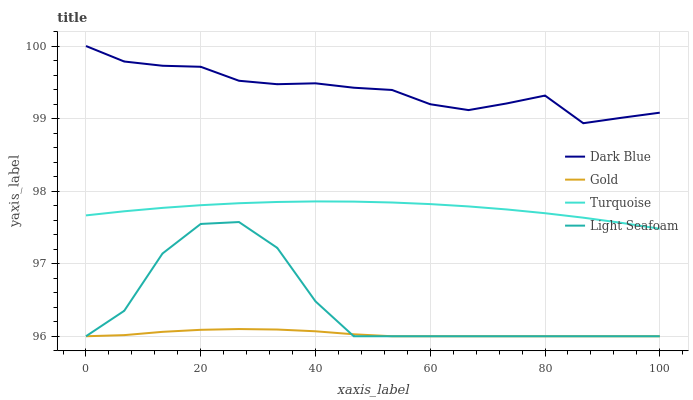
| xaxis_label | Dark Blue | Gold | Turquoise | Light Seafoam |
 | --- | --- | --- | --- | --- |
 | 0 | 100 | 96 | 97.7 | 96 |
 | 6.67 | 99.8 | 96 | 97.7 | 96.4 |
 | 13.3 | 99.7 | 96.1 | 97.8 | 97.1 |
 | 20 | 99.7 | 96.1 | 97.8 | 97.5 |
 | 26.7 | 99.5 | 96.1 | 97.8 | 97.6 |
 | 33.3 | 99.5 | 96.1 | 97.9 | 97.2 |
 | 40 | 99.5 | 96.1 | 97.9 | 96.5 |
 | 46.7 | 99.4 | 96 | 97.9 | 96 |
 | 53.3 | 99.4 | 96 | 97.8 | 96 |
 | 60 | 99.2 | 96 | 97.8 | 96 |
 | 66.7 | 99.1 | 96 | 97.8 | 96 |
 | 73.3 | 99.2 | 96 | 97.7 | 96 |
 | 80 | 99.3 | 96 | 97.7 | 96 |
 | 86.7 | 98.9 | 96 | 97.6 | 96 |
 | 93.3 | 99 | 96 | 97.6 | 96 |
 | 100 | 99.1 | 96 | 97.5 | 96 |